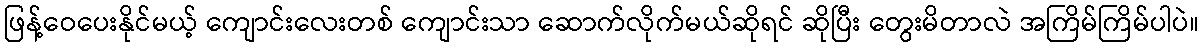
ဖြန့်ဝေပေးနိုင်မယ့် ကျောင်းလေးတစ် ကျောင်းသာ ဆောက်လိုက်မယ်ဆိုရင် ဆိုပြီး တွေးမိတာလဲ အကြိမ်ကြိမ်ပါပဲ။